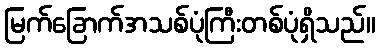
မြက်ခြောက်အသစ်ပုံကြီးတစ်ပုံရှိသည်။